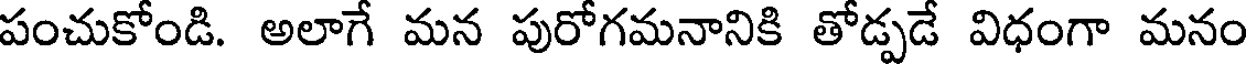
పంచుకోండి. అలాగే మన పురోగమనానికి తోడ్పడే విధంగా మనం